65_HS1-834228961_62-HQ-83894_Section_6
Agency: FBI
Page 270
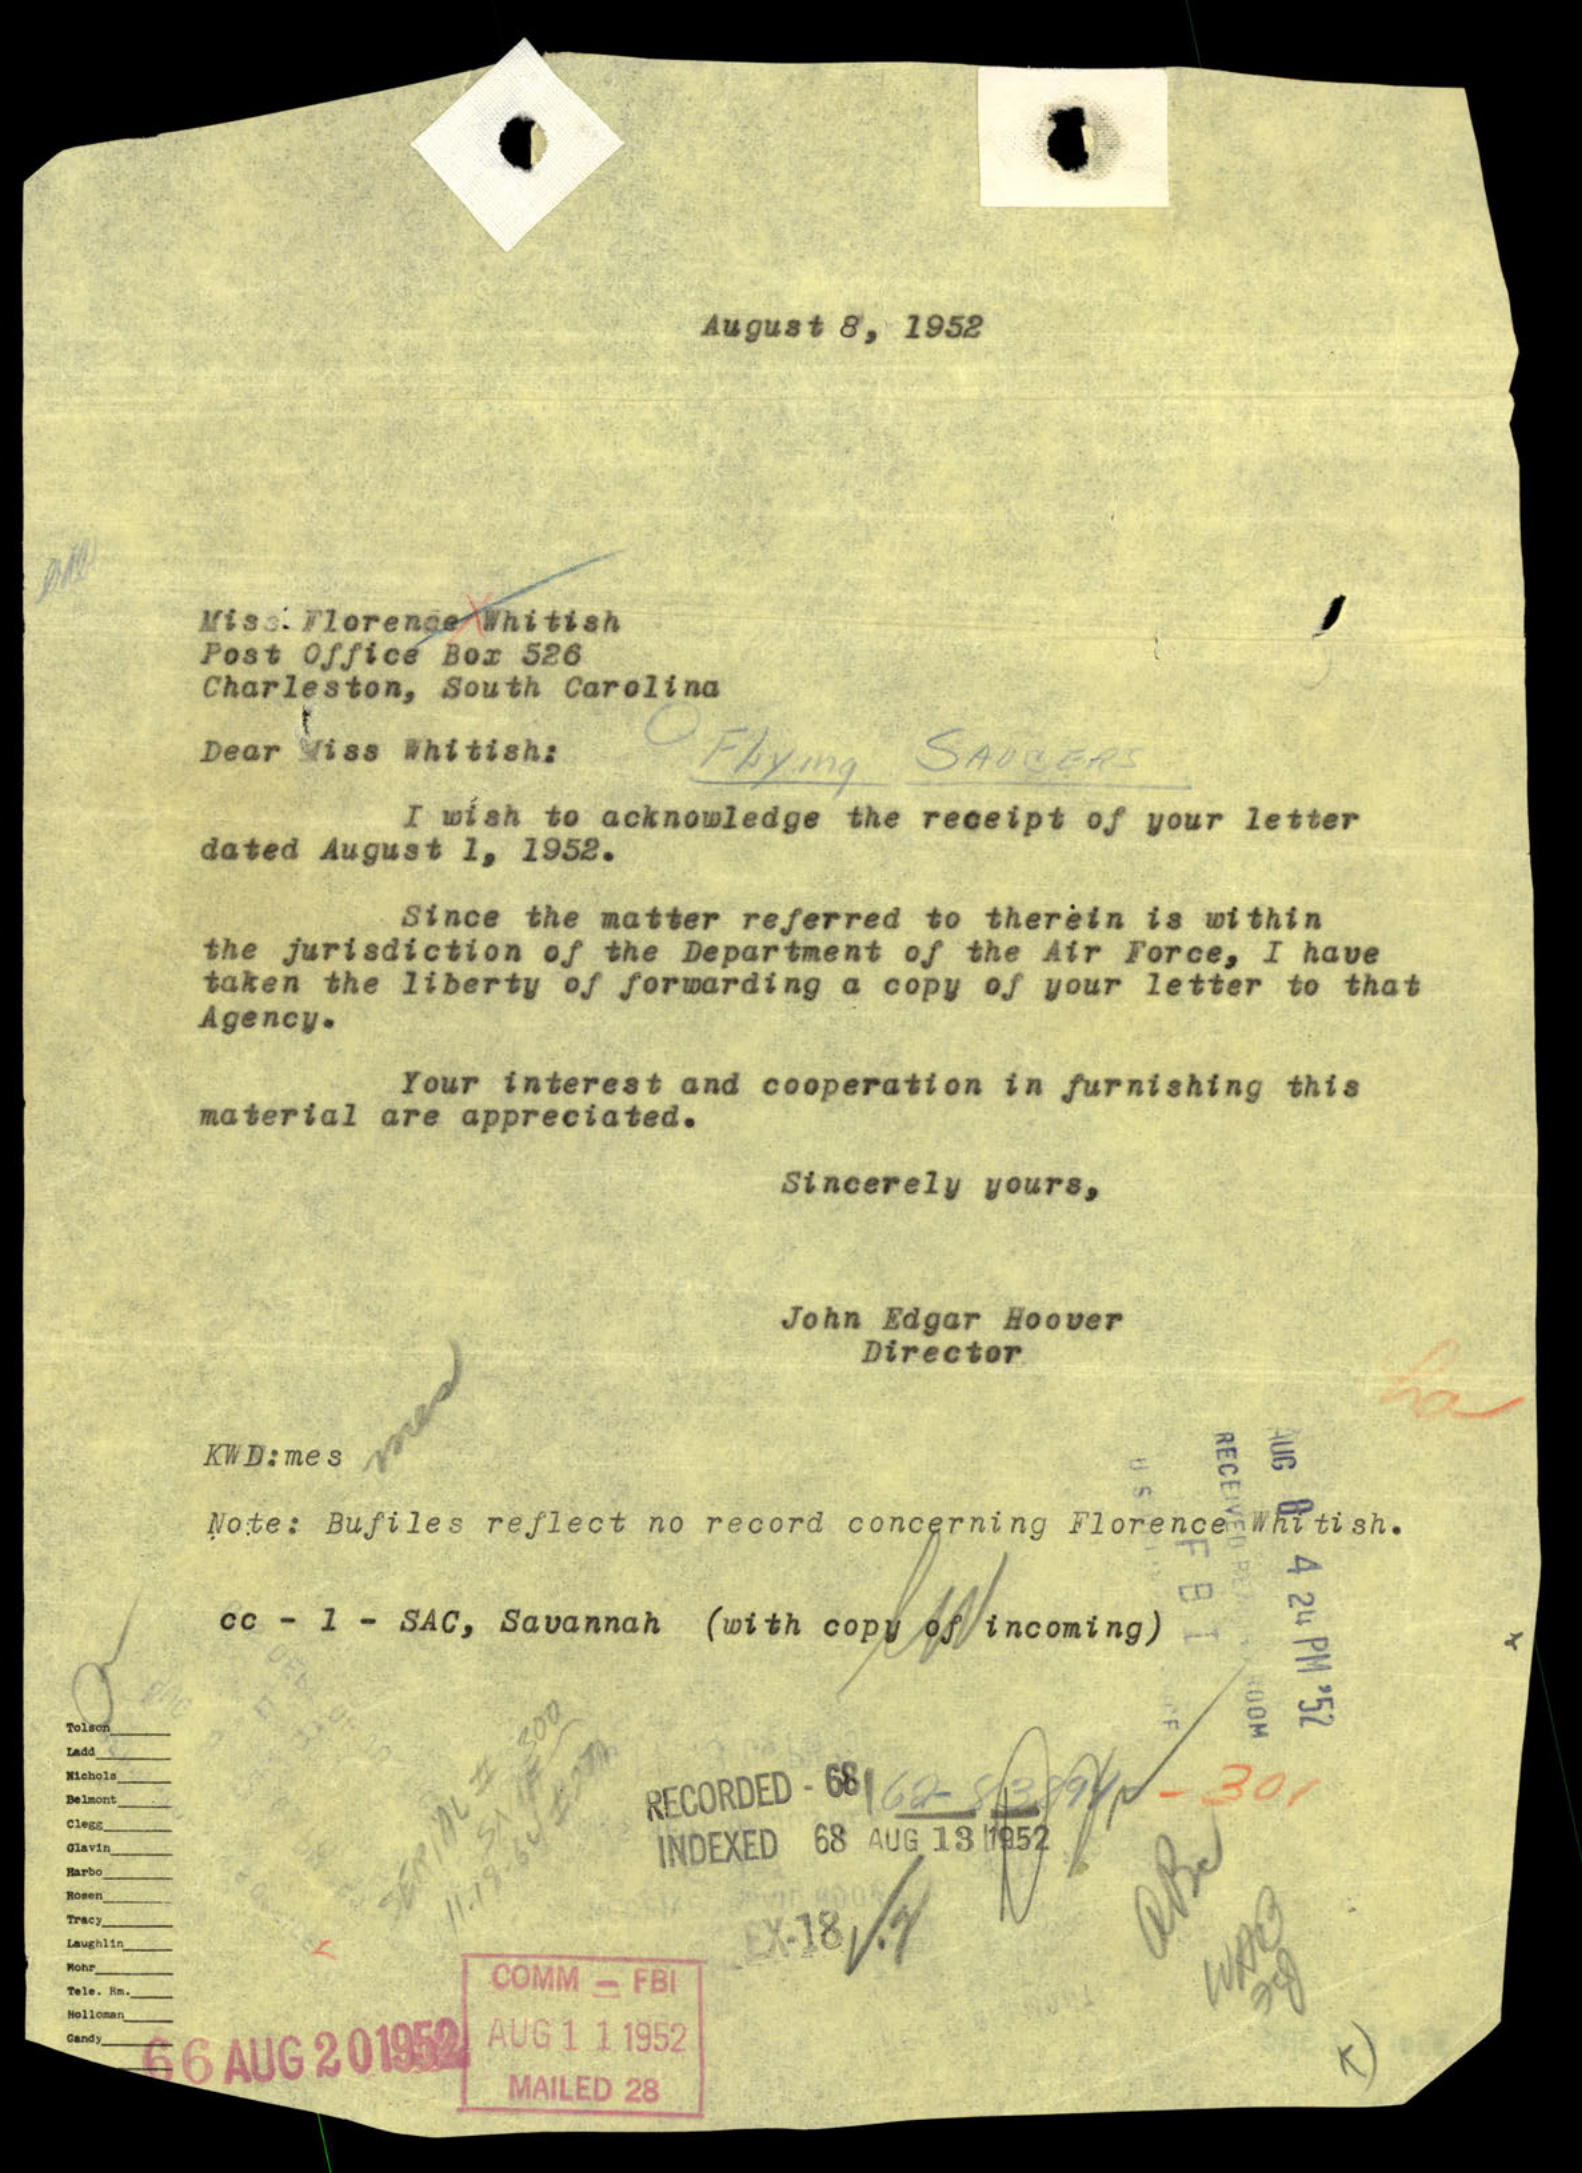